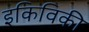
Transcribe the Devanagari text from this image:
इकिविकी